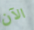
الآن